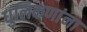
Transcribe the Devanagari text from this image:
धुलिकणांना